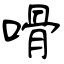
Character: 嗗